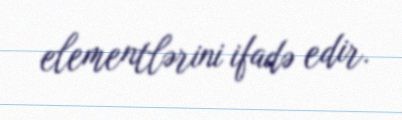
elementlərini ifadə edir.